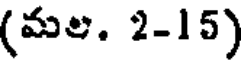
(మల. 2-15)